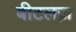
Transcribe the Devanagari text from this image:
बीटलज़